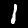
Label: 1